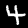
Label: 4